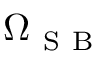
\Omega _ { \mathrm { ~ S ~ B ~ } }